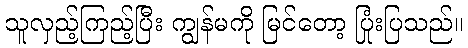
သူလှည့်ကြည့်ပြီး ကျွန်မကို မြင်တော့ ပြုံးပြသည်။